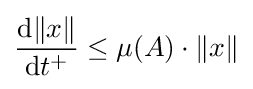
{\frac {\mathrm {d} \|x\|}{\mathrm {d} t^{+}}}\leq \mu (A)\cdot \|x\|